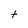
Character: t